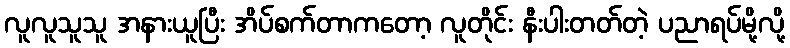
လူလူသူသူ အနားယူပြီး အိပ်စက်တာကတော့ လူတိုင်း နီးပါးတတ်တဲ့ ပညာရပ်မို့လို့